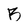
Character: B